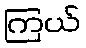
ကြယ်